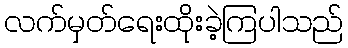
လက်မှတ်ရေးထိုးခဲ့ကြပါသည်